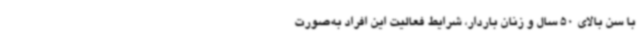
با سن بالای 50 سال و زنان باردار، شرایط فعالیت این افراد به‌صورت